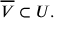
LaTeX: { \overline { { V } } } \subset U .